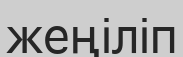
жеңіліп